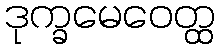
ဒုက္ခမေဝေတ္ထ